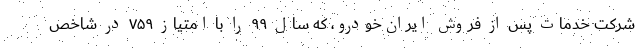
شرکت خدمات پس از فروش ایران‌خودرو، که سال ۹۹ را با امتیاز ۷۵۹ در شاخص